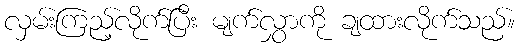
လှမ်းကြည့်လိုက်ပြီး မျက်လွှာကို ချထားလိုက်သည်။